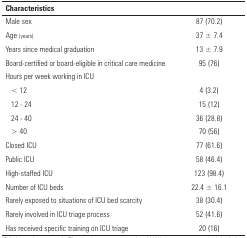
<table><thead><tr><td><b>Characteristics</b></td><td>[EMPTY_CELL]</td></tr></thead><tbody><tr><td>Male sex</td><td>87 (70.2)</td></tr><tr><td>Age (years)</td><td>37 ± 7.4</td></tr><tr><td>Years since medical graduation</td><td>13 ± 7.9</td></tr><tr><td>Board-certified or board-eligible in critical caremedicine</td><td>95 (76)</td></tr><tr><td>Hours per week working in ICU</td><td>[EMPTY_CELL]</td></tr><tr><td>&lt; 12</td><td>4 (3.2)</td></tr><tr><td>12 - 24</td><td>15 (12)</td></tr><tr><td>24 - 40</td><td>36 (28.8)</td></tr><tr><td>&gt; 40</td><td>70 (56)</td></tr><tr><td>Closed ICU</td><td>77 (61.6)</td></tr><tr><td>Public ICU</td><td>58 (46.4)</td></tr><tr><td>High-staffed ICU</td><td>123 (98.4)</td></tr><tr><td>Number of ICU beds</td><td>22.4 ± 16.1</td></tr><tr><td>Rarely exposed to situations of ICU bed scarcity</td><td>38 (30.4)</td></tr><tr><td>Rarely involved in ICU triage process</td><td>52 (41.6)</td></tr><tr><td>Has received specific training on ICU triage</td><td>20 (16)</td></tr></tbody></table>